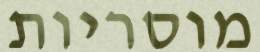
מוסריות